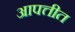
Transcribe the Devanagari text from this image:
आपत्तीत